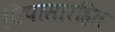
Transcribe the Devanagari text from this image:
पिपासारहित